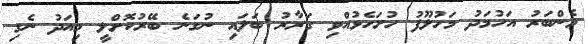
މެންބަރު އަހުމަދު މަހުލޫފު ހުށަހެޅުއްވި ގަރާރު ބަލައި ނުގަނެ ބޭރުކޮށްލީ މިއަދު ނެގި